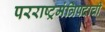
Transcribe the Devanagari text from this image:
परराष्ट्रमंत्रिपदाची